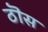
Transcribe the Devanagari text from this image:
ठॊस